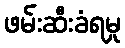
ဖမ်းဆီးခံရမှု